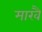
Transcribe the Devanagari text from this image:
माखै